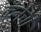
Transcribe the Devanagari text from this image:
कॅनेची